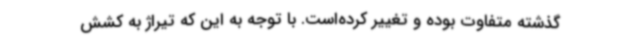
گذشته متفاوت بوده و تغییر کرده‌است. با توجه به این که تیراژ به کشش